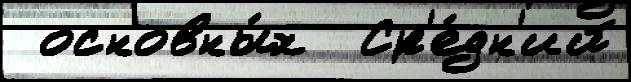
 основны́х  Ср'е́дн'ий